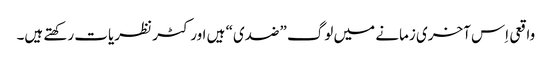
‏ واقعی اِس آخری زمانے میں لوگ ”‏ضدی“‏ ہیں اور کٹر نظریات رکھتے ہیں۔